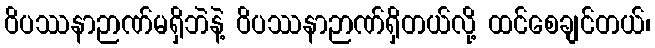
ဝိပဿနာဉာဏ်မရှိဘဲနဲ့ ဝိပဿနာဉာဏ်ရှိတယ်လို့ ထင်စေချင်တယ်၊